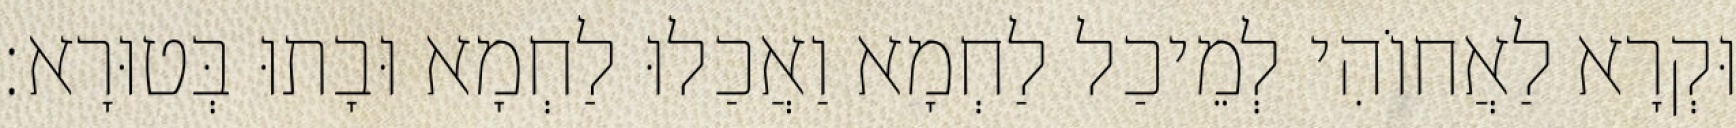
וּקְרָא לַאֲחוֹהִי לְמֵיכַל לַחְמָא וַאֲכַלוּ לַחְמָא וּבָתוּ בְּטוּרָא׃